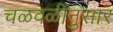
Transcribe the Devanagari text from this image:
चळवळींनुसार